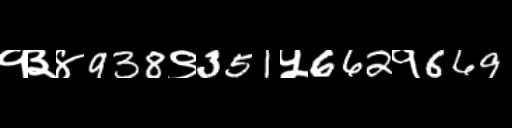
Text: १३४938९351५662१669